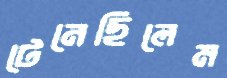
টেনেছিলেম